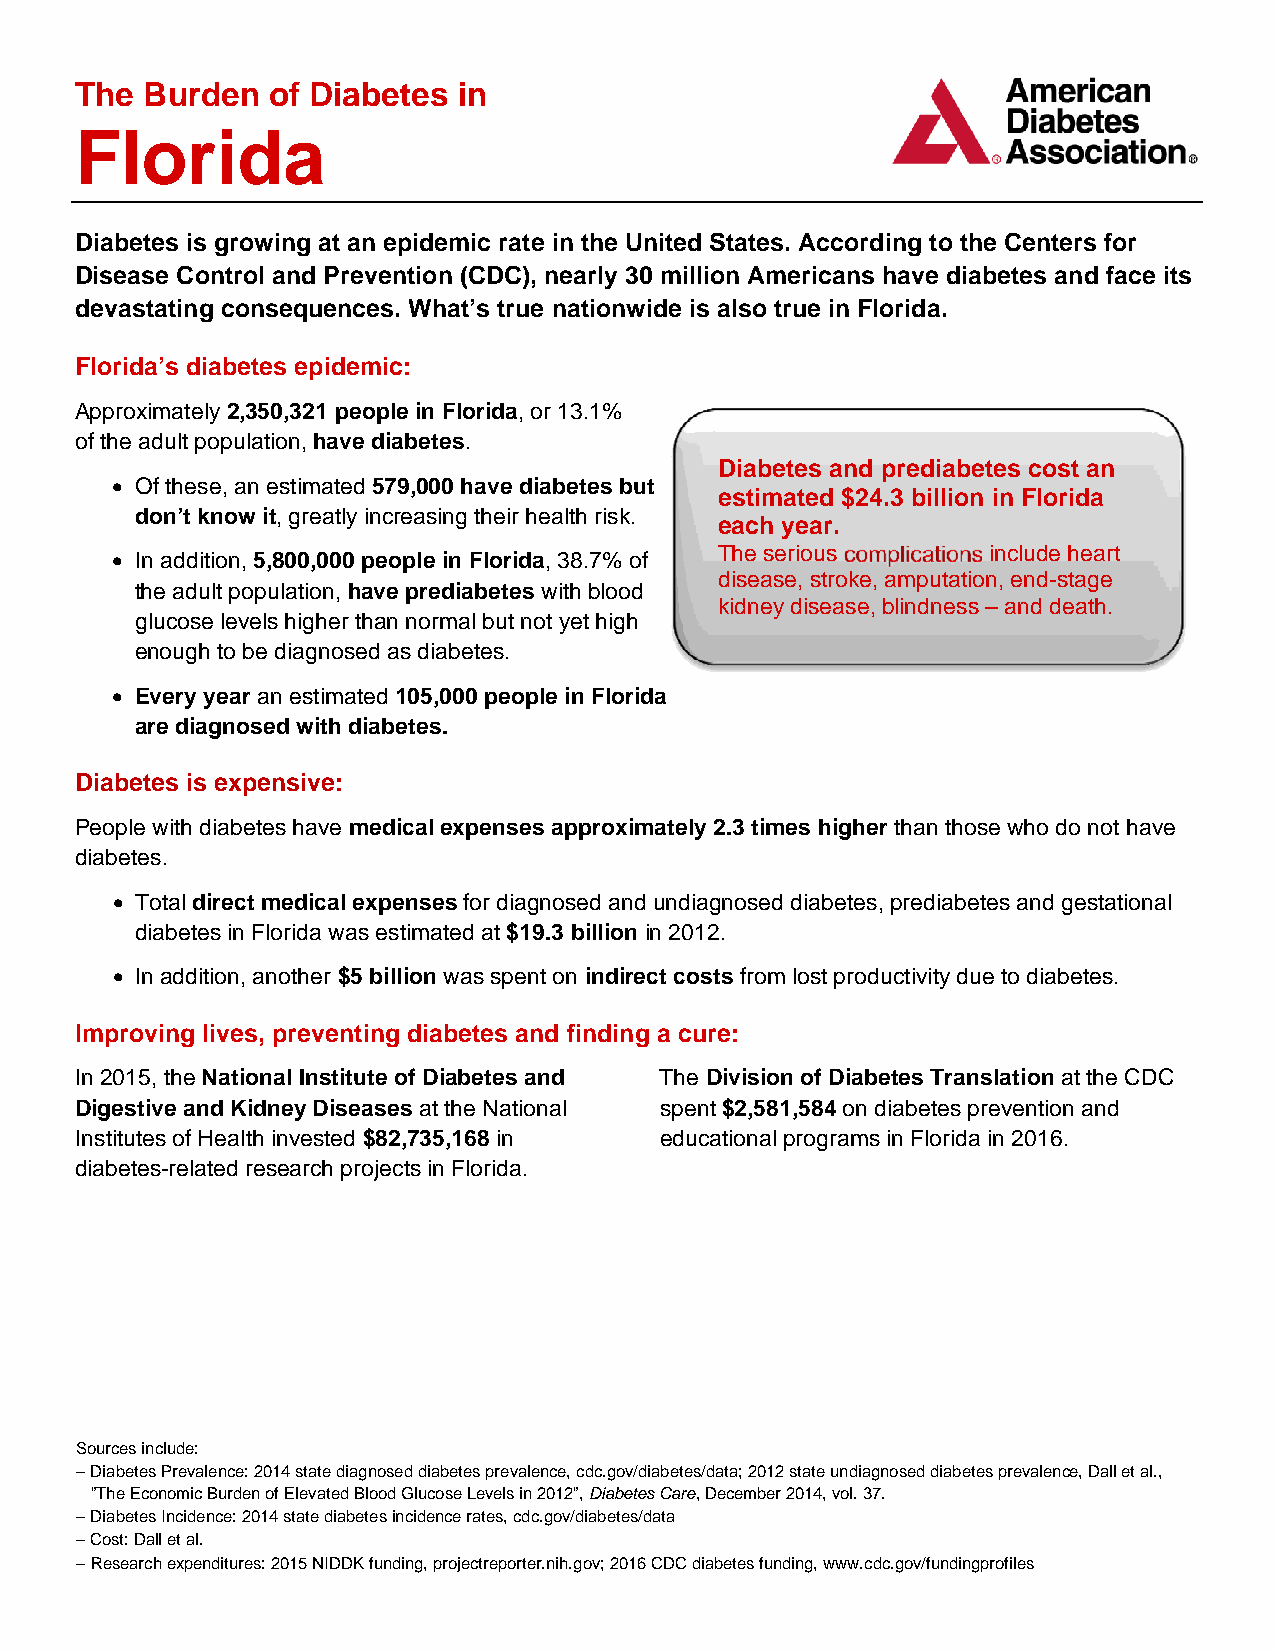
The  Burden  of Diabetes in
 Florida
 Diabetes is growing at an epidemic rate in the United States. According to the Centers for
 Disease Control and Prevention (CDC), nearly 30 million Americans have diabetes and face its
 devastating consequences. What’s true nationwide is also true in Florida.
 Florida’s diabetes epidemic:
 Approximately 2,350,321 people in Florida, or 13.1%
 of the adult population, have diabetes.
 Diabetes and prediabetes cost an
  Of these, an estimated 579,000 have diabetes but
 estimated $24.3 billion in Florida
 don’t know it, greatly increasing their health risk.
 each year.
 The serious       include heart
  In addition, 5,800,000 people in Florida, 38.7% of
 disease, stroke, amputation, end-stage
 the adult population, have prediabetes with blood
 kidney disease, blindness – and death.
 glucose levels higher than normal but not yet high
 enough to be diagnosed as diabetes.
  Every year an estimated 105,000 people in Florida
 are diagnosed with diabetes.
 Diabetes is expensive:
 People with diabetes have medical expenses approximately 2.3 times higher than those who do not have
 diabetes.
  Total direct medical expenses for diagnosed and undiagnosed diabetes, prediabetes and gestational
 diabetes in Florida was estimated at $19.3 billion in 2012.
  In addition, another $5 billion was spent on indirect costs from lost productivity due to diabetes.
 Improving lives, preventing diabetes and finding a cure:
 In 2015, the National Institute of Diabetes and The Division of Diabetes Translation at the CDC
 Digestive and Kidney Diseases at the National spent $2,581,584 on diabetes prevention and
 Institutes of Health invested $82,735,168 in educational programs in Florida in 2016.
 diabetes-related research projects in Florida.
 Sources include:
  Diabetes Prevalence: 2014 state diagnosed diabetes prevalence, cdc.gov/diabetes/data; 2012 state undiagnosed diabetes prevalence, Dall et al.,
 ”The Economic Burden of Elevated Blood Glucose Levels in 2012”, Diabetes Care, December 2014, vol. 37.
  Diabetes Incidence: 2014 state diabetes incidence rates, cdc.gov/diabetes/data
  Cost: Dall et al.
  Research expenditures: 2015 NIDDK funding, projectreporter.nih.gov; 2016 CDC diabetes funding, www.cdc.gov/fundingprofiles